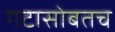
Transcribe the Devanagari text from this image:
गटासोबतच